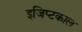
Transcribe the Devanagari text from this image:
इजिप्टकाल